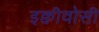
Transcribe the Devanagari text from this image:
इक्वीवोसी